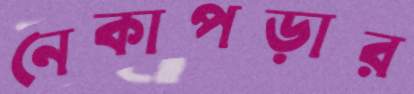
নেকাপড়ার